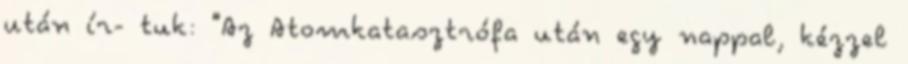
után ír- tuk: "Az Atomkatasztrófa után egy nappal, kézzel